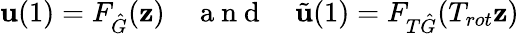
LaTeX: \mathbf{u}(1)=F_{\hat{G}}(\mathbf{z})\quad\mathrm{~a~n~d~}\quad\tilde{\mathbf{u}}(1)=F_{T\hat{G}}(T_{rot}\mathbf{z})